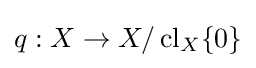
q:X\to X/\operatorname {cl} _{X}\{0\}